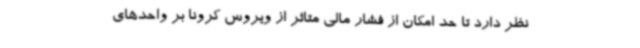
نظر دارد تا حد امکان از فشار مالی متاثر از ویروس کرونا بر واحدهای